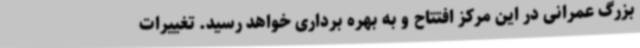
بزرگ عمرانی در این مرکز افتتاح و به بهره برداری خواهد رسید. تغییرات